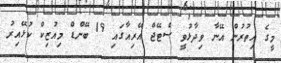
މީގެ އިތުރުން އޭނާ ވިދާޅުވީ ސްޓޭޖް އޭރިއާގައި 19 ބޭންޑް މިއުޒިކް ކުޅޭއިރު